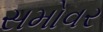
સમોવર